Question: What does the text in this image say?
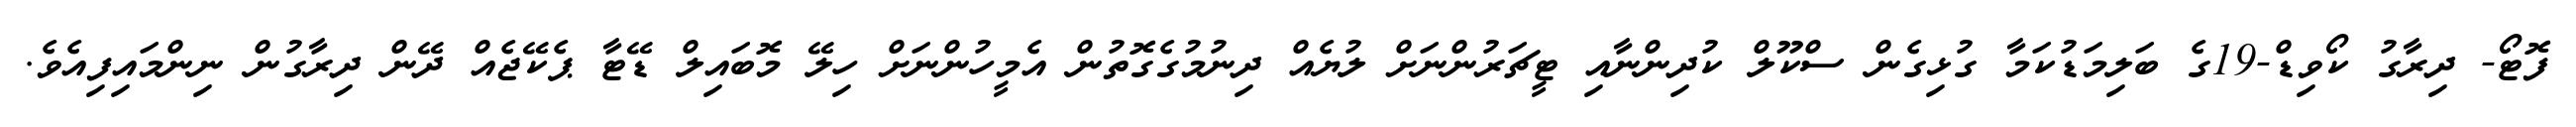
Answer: ފޮޓޯ- ދިރާގު ކޯވިޑް-19ގެ ބަލިމަޑުކަމާ ގުޅިގެން ސްކޫލް ކުދިންނާއި ޓީޗަރުންނަށް ލުޔެއް ދިނުމުގެގޮތުން އެމީހުންނަށް ހިލޭ މޮބައިލް ޑޭޓާ ޕެކޭޖެއް ދޭން ދިރާގުން ނިންމައިފިއެވެ.